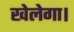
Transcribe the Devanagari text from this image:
खेलेगा।